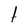
Character: 1